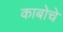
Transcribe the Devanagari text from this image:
काबोचे